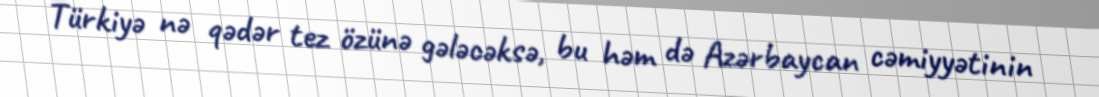
Türkiyə nə qədər tez özünə gələcəksə, bu həm də Azərbaycan cəmiyyətinin